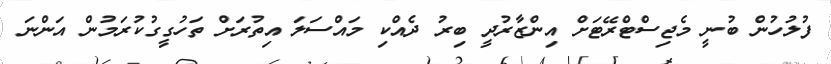
ފުލުހުން ބުނީ މެޖިސްޓްރޭޓަށް އިންޒާރުދީ ބިރު ދެއްކި މައްސަލަ އިތުރަށް ތަހުގީގުކުރަމުން އަންނަ